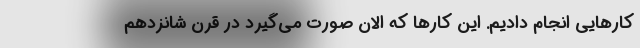
کارهایی انجام دادیم. این کارها که الان صورت می‌گیرد در قرن شانزدهم